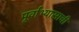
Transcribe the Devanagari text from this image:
पूर्वाभ्यासाची